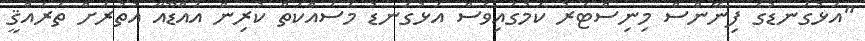
"އަޅުގަނޑުގެ ފިނޭންސް މިނިސްޓަރު ކަމުގައިވެސް އަޅުގަނޑު މަސައްކަތް ކުރިން އައްޑޫއާ އުތުރަށް ތަރައްޤީ